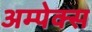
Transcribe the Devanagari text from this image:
अम्पेक्स